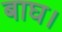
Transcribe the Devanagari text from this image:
बाघ।